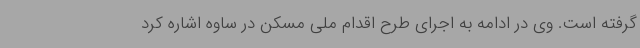
گرفته است. وی در ادامه به اجرای طرح اقدام ملی مسکن در ساوه اشاره کرد